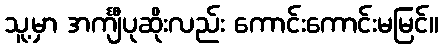
သူ့မှာ အင်္ကျီပုဆိုးလည်း ကောင်းကောင်းမမြင်။